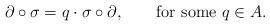
LaTeX: \begin{align*} \partial\circ\sigma=q\cdot\sigma\circ\partial,\qquad\text{for some $q\in A$.} \end{align*}